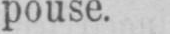
pouse.